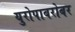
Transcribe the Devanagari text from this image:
युरोपाबरोबर